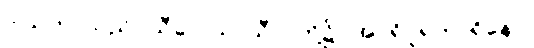
ဒါယကာသည်။ သီလေသု၊ သီလတို့၌။ အပရိပူရကာရိနော၊